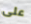
على